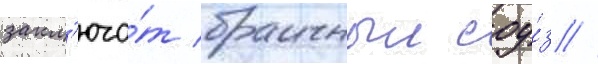
закл'юча́т брачныи соу́з //